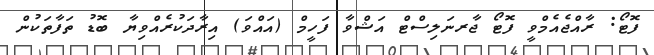
ފޮޓޯ: ރާއްޖެއެމްވީ ފޮޓޯ ޖާރނަލިސްޓް އަޝްވާ ފަހީމް (އައްވަ) އިރާދަކުރެއްވިޔާ ބޮޑު ތަފާތަކުން